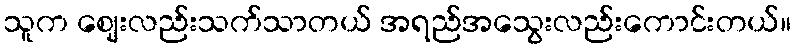
သူက ဈေးလည်းသက်သာတယ် အရည်အသွေးလည်းကောင်းတယ်။